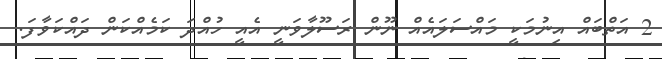
2 އަތްބައް އިނުމަކީ މައްސަލައެއް ނޫން ރަސޫލާވަނީ އެއީ ހުއްދަ ކަމެއްކަން ދައްކަވާފަ.